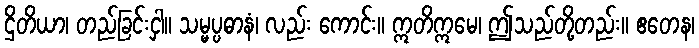
ဌိတိယာ၊ တည်ခြင်းငှါ။ သမ္မပ္ပဓာနံ၊ လည်း ကောင်း။ ဣတိဣမေ၊ ဤသည်တို့တည်း။ ဧတေန၊